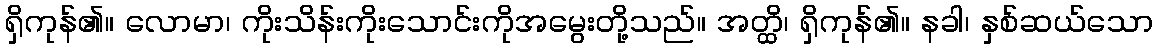
ရှိကုန်၏။ လောမာ၊ ကိုးသိန်းကိုးသောင်းကိုအမွေးတို့သည်။ အတ္ထိ၊ ရှိကုန်၏။ နခါ၊ နှစ်ဆယ်သော